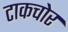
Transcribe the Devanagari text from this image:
टाकचोर